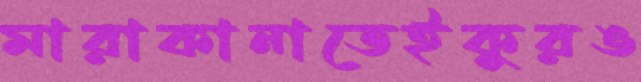
মারাকানাতেইকুরঙ